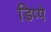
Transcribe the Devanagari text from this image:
डिप्‍पे